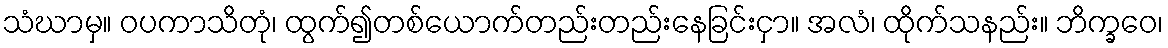
သံဃာမှ။ ဝပကာသိတုံ၊ ထွက်၍တစ်ယောက်တည်းတည်းနေခြင်းငှာ။ အလံ၊ ထိုက်သနည်း။ ဘိက္ခဝေ၊